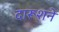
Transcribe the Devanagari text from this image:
दारूशने